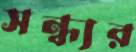
সন্ধ্যর